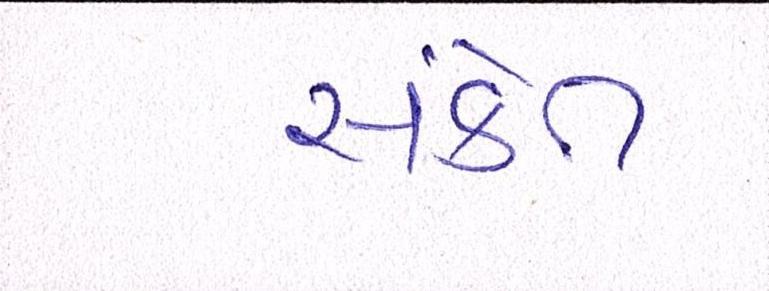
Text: સંકેત